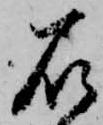
石